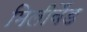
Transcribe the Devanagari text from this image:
मिलीबैंड